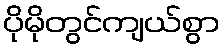
ပိုမိုတွင်ကျယ်စွာ